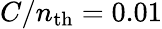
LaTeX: C/n_{\mathrm{th}}=0.01